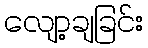
လျော့ချခြင်း